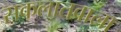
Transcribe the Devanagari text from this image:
सकलातवाला